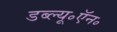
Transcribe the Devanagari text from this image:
डब्ल्यू॰ऍन॰